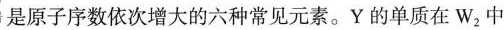
是原子序数依次增大的六种常见元素。Y的单质在W_{2}中